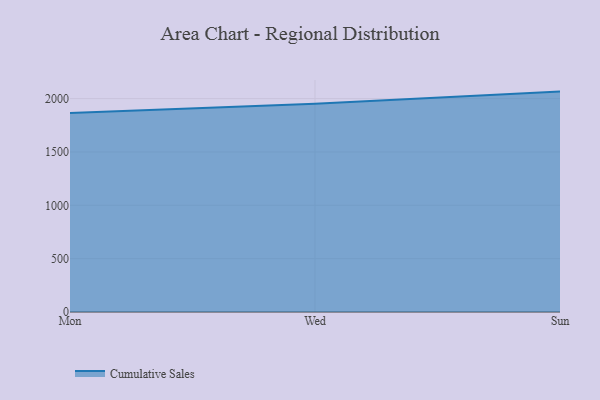
{"axis": {"x": "Day", "y": "Conversion Rate (%)"}, "legend": ["Cumulative Sales"], "data": [{"x": "Mon", "y": 1864.6, "type": "Cumulative Sales"}, {"x": "Wed", "y": 1951.2, "type": "Cumulative Sales"}, {"x": "Sun", "y": 2065.8, "type": "Cumulative Sales"}]}